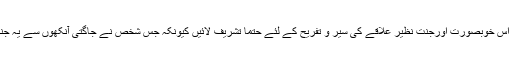
آخر میں تمام قارئین کی خدمت میں یہی کہوں گا کہ وہ اس خوبصورت اورجنت نظیر علاقے کی سیر و تفریح کے لئے حتما تشریف لائیں کیونکہ جس شخص نے جاگتی آنکھوں سے یہ جنت نہیں دیکھی توگویا اس نے کچھ بھی نہیں دیکھا ہے۔